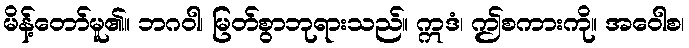
မိန့်တော်မူ၏။ ဘဂဝါ၊ မြတ်စွာဘုရားသည်။ ဣဒံ၊ ဤစကားကို။ အဝေါစ၊